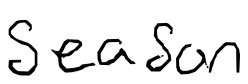
Text: season
Cross-out: clean
Writing tool: digital_black